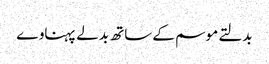
بدلتے موسم کے ساتھ بدلے پہناوے